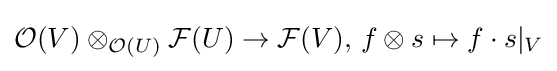
{\mathcal {O}}(V)\otimes _{{\mathcal {O}}(U)}{\mathcal {F}}(U)\to {\mathcal {F}}(V),\,f\otimes s\mapsto f\cdot s|_{V}